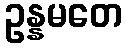
ဥန္နမတေ